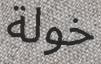
خولة